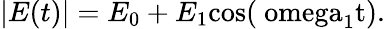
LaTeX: \lvert E(t)\rvert=E_{0}+E_{1}\mathrm{{cos}(\ omega_{1}t).}